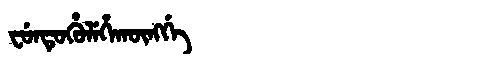
Manchu: ᠸᡠᠨᡨᡠᡥᡠᠯᡝᡥᠠᡴᡡᠩᡤᡝ
Romanization: FUNTUHULEHAKŪNGGE